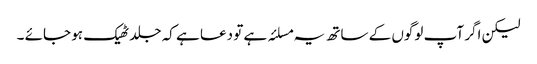
لیکن اگر آپ لوگوں کے ساتھ یہ مسلئہ ہے تو دعا ہے کہ جلد ٹھیک ہو جائے ۔